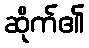
ဆိုက်၏